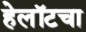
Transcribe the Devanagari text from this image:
हेलॉटचा